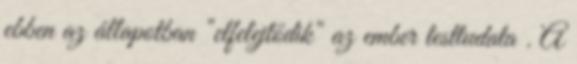
ebben az állapotban "elfelejtődik" az ember testtudata . A